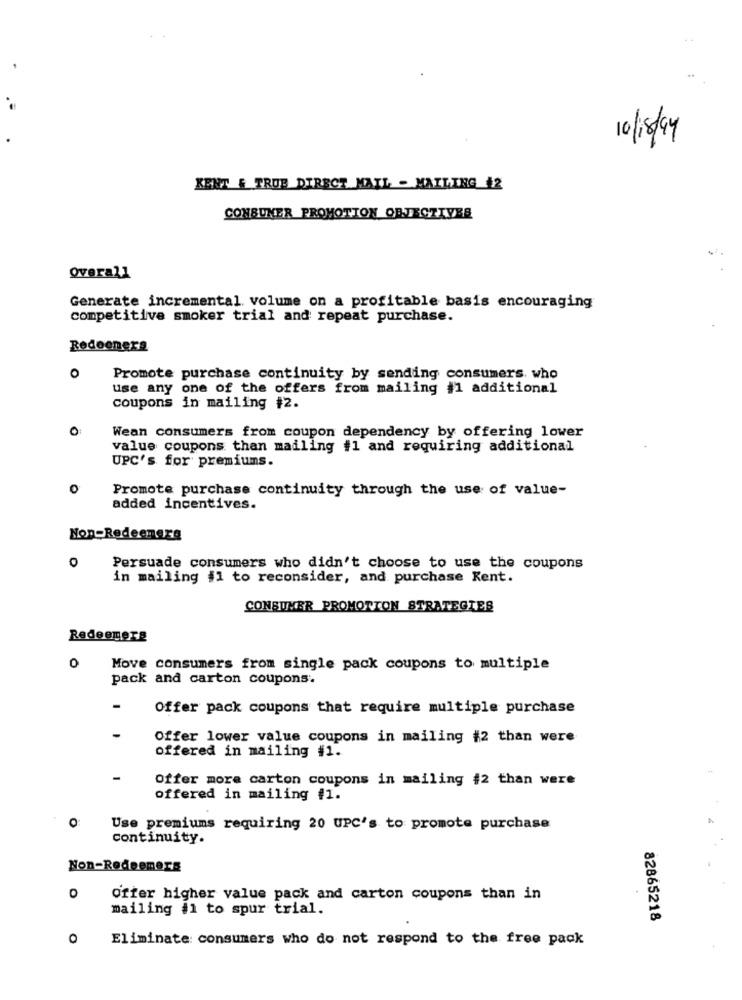
10/18/9
KENT & TRUE DIRECT MAIL - MAILING 42
CONBUNER PROMOTION OBJECTIVES
Overall
Generate incremental volume on a profitable basis encouraging
competitive smoker trial and repeat purchase.
Redoeners
O
Promote purchase continuity by sending consumers. who
use any one of the offers from mailing #1 additional
coupons in mailing #2.
Wean consumers from coupon dependency by offering lower
value coupons than mailing #1 and requiring additional
UPC's for premiums.
Promote purchase continuity through the use of value-
added incentives.
Non-Redeemerg
0
Persuade consumers who didn't choose to use the coupons
in mailing #1 to reconsider, and purchase Kent.
CONSUMER PROMOTION STRATEGIES
Redeemerg
0
Move consumers from single pack coupons to multiple
pack and carton coupons.
-
Offer pack coupons that require multiple purchase
-
Offer lower value coupons in mailing #2 than were
offered in mailing #1.
Offer more carton coupons in mailing #2 than were
offered in mailing #1.
Use premiums requiring 20 UPC's to promote purchase
continuity.
Non-Redeemers
0
offer higher value pack and carton coupons than in
mailing #1 to spur trial.
82865218
0
Eliminate consumers who do not respond to the free pack